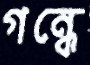
গন্ধে